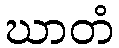
ဃာတံ